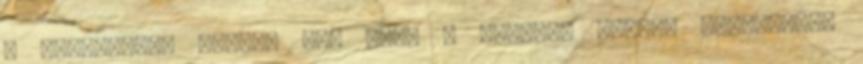
a szakmában. Ezután két évig a kazanyi TV-ben munkatársa